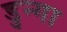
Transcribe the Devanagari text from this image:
डुन्गा